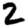
Digit: 2